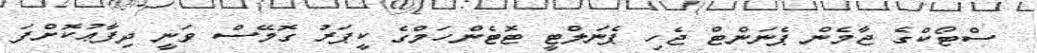
ސްޓޯކްގެ ޖާމެން ޕެނަންޓް ޖެހި ޕެނަލްޓީ ޓޮޓެންހަމްގެ ކީޕަރު ގޮމޭސް ވަނީ ދިފާޢުކޮށްފަ